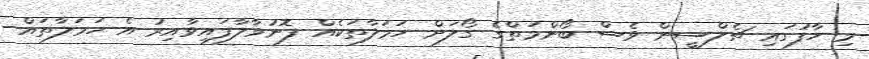
މި ހާފުގައި ޗެލްސީން ވެސް ބޯންމަތްގެ ގޯލަށް ހަމަލާތަކެއް ފޮނުވާލާފައިވާއިރު އެ ހަމަލާތައް